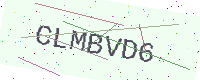
Text: CLMBVD6